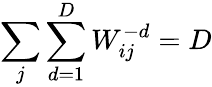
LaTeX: \sum_{j}\sum_{d=1}^{D}W_{ij}^{-d}=D